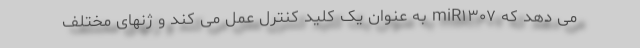
می دهد که miR۱۳۰۷ به عنوان یک کلید کنترل عمل می کند و ژنهای مختلف